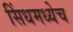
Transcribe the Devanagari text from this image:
सिंधमध्येच